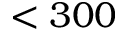
< 3 0 0